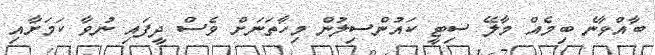
ބާއްވާނެ ބިމެއް މާލޭ ސިޓީ ކައުންސިލުން މިހާތަނަށް ވެސް ދީފައި ނުވާ ކަމަށާއި